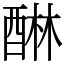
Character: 醂